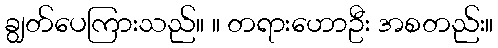
ချွတ်ပေကြားသည်။ ။ တရားဟောဦး အစတည်း။